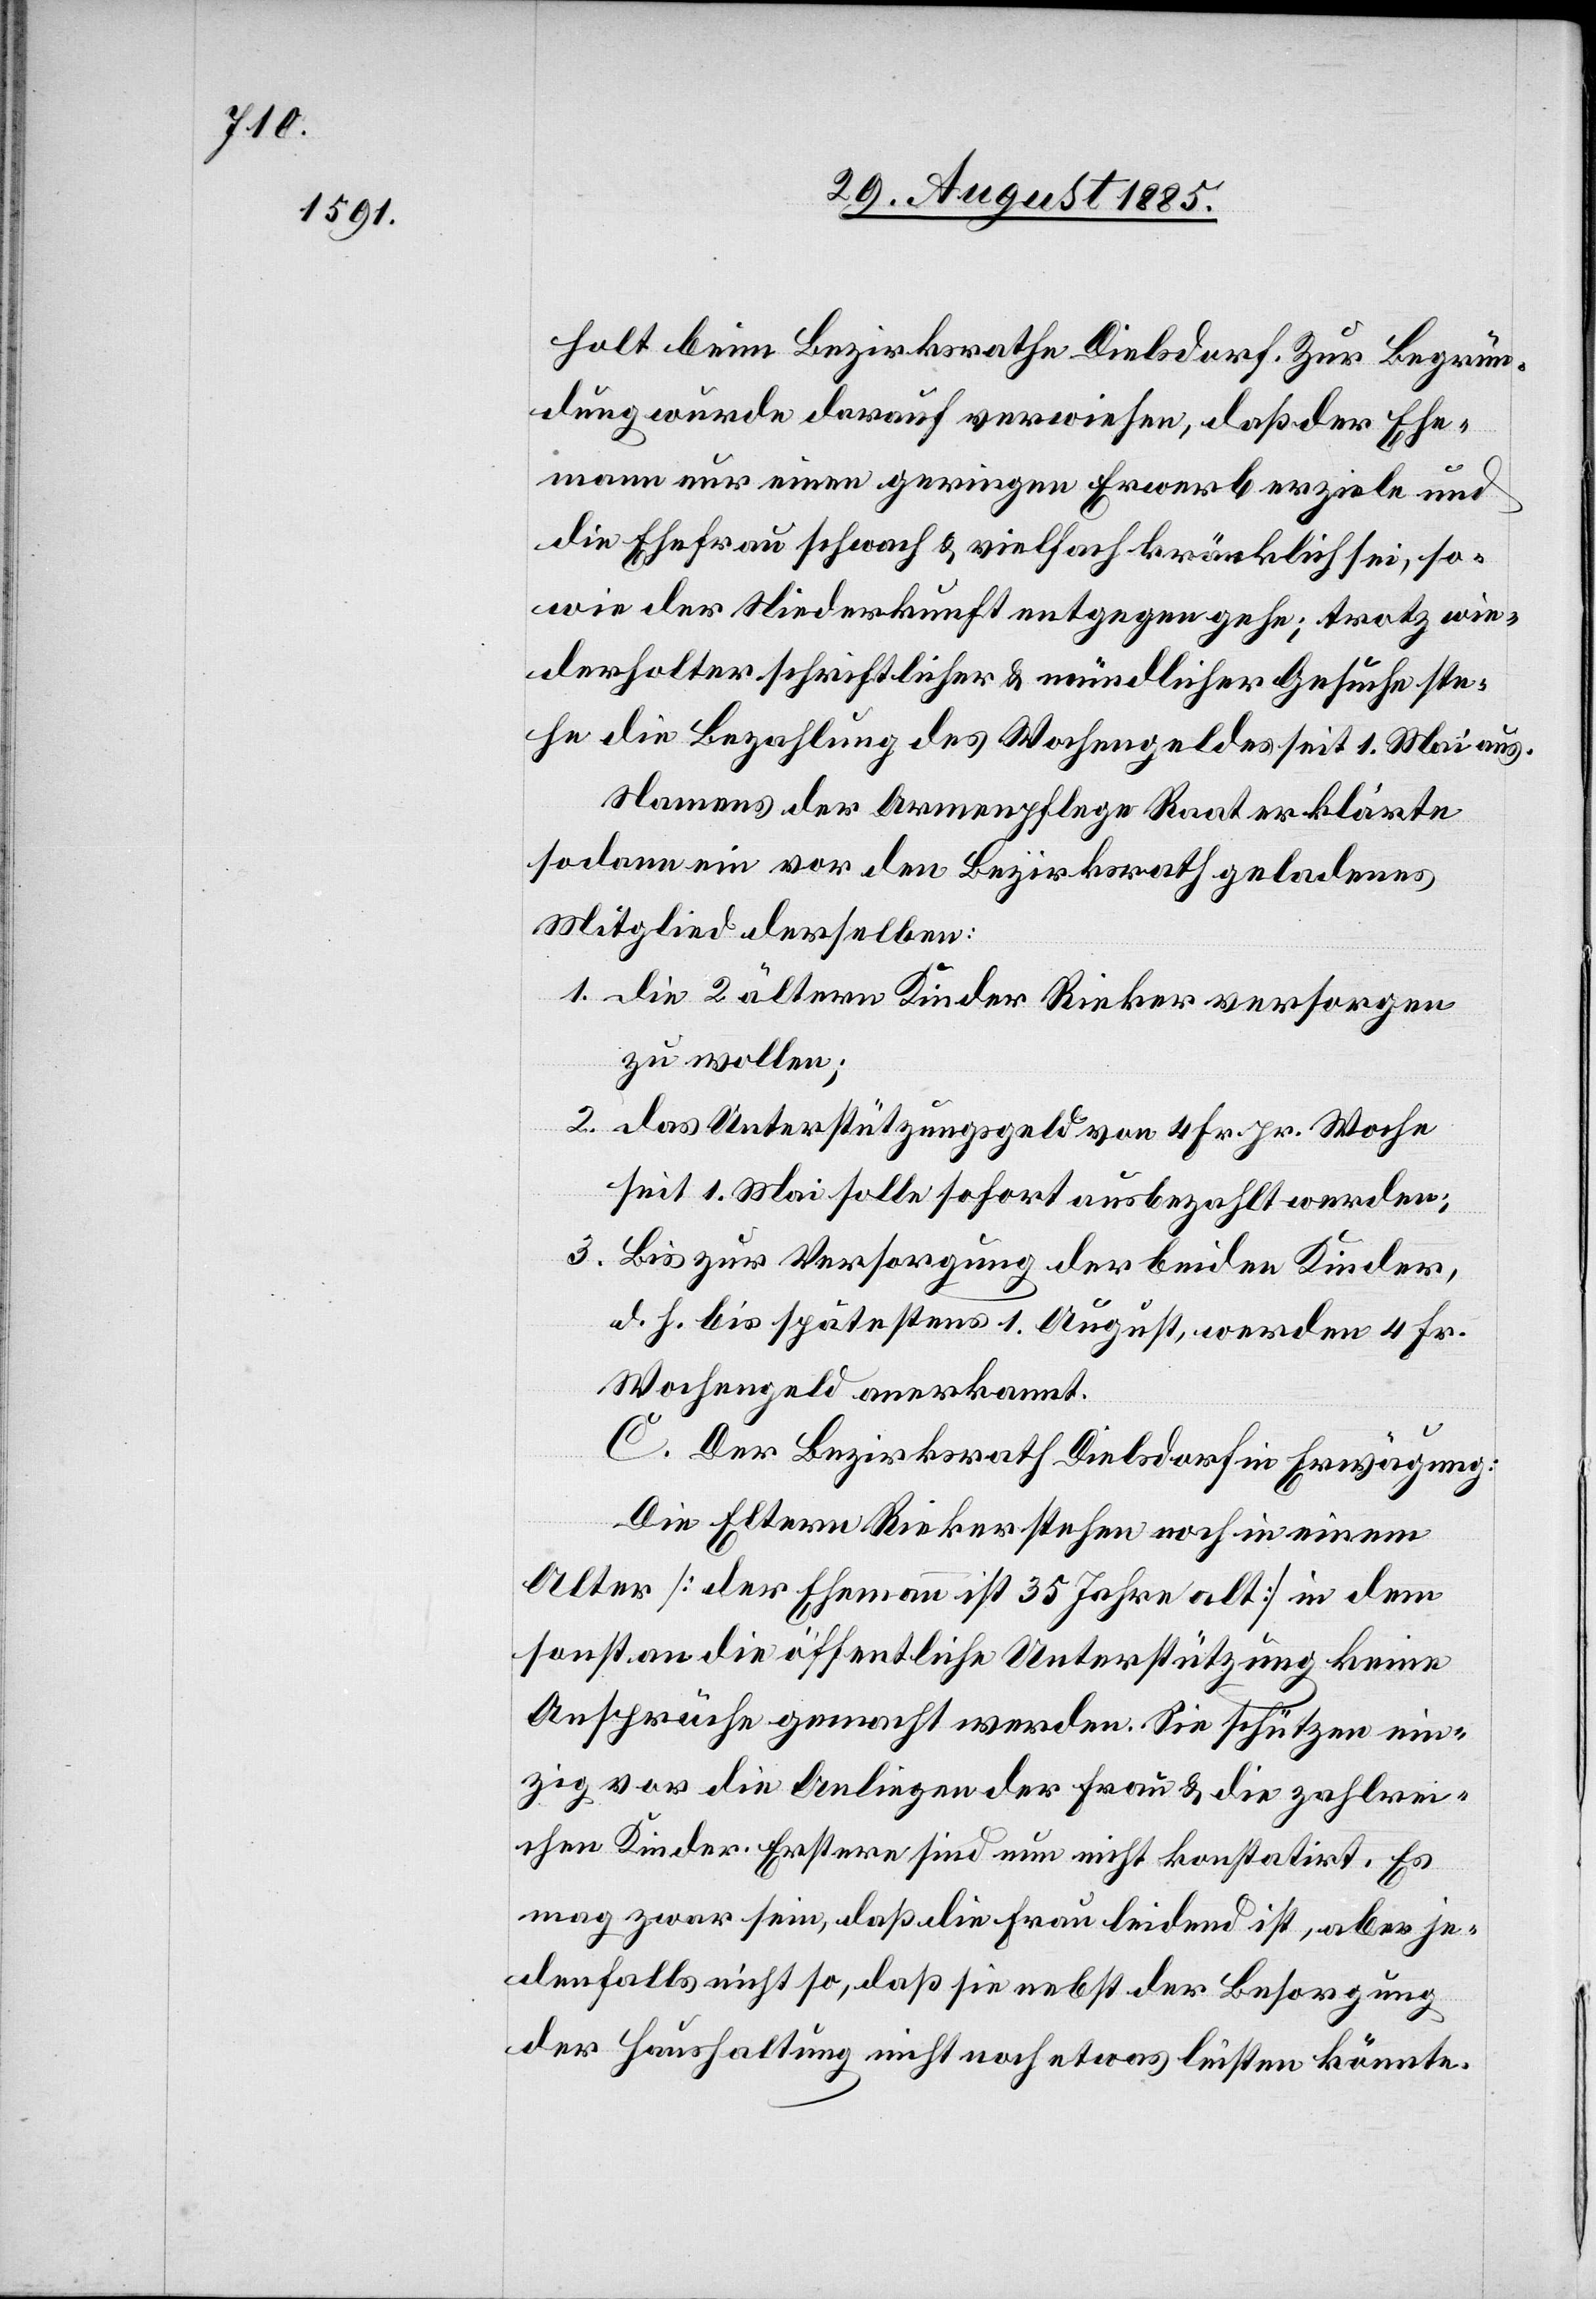
holt beim Bezirksrathe Dielsdorf. Zur Begrün¬
dung wurde darauf verwiesen, daß der Ehe¬
mann nur einen geringen Erwerb erziele und
die Ehefrau schwach & vielfach kränklich sei, so¬
wie der Niederkunft entgegen gehe; trotz wie¬
derholter schriftlicher & mündlicher Gesuche ste¬
he die Bezahlung des Wochengeldes seit 1. Mai aus.
Namens der Armenpflege Raat erklärte
sodann ein vor den Bezirksrath geladenes
Mitglied derselben:
1. die 2 älteren Kinder Rieker versorgen
zu wollen;
2. das Unterstützungsgeld von 4 Fr. pr. Woche
seit 1. Mai solle sofort ausbezahlt werden;
3. Bis zur Versorgung der beiden Kinder,
d. h. bis spätestens 1. August, werden 4 Fr.
Wochengeld anerkannt.
C. Der Bezirksrath Dielsdorf in Erwägung:
Die Eltern Rieker stehen noch in einem
Alter [der Ehemann ist 35 Jahre alt] in dem
sonst an die öffentliche Unterstützung keine
Ansprüche gemacht werden. Sie schützen ein¬
zig vor die Anliegen der Frau & die zahlrei¬
chen Kinder. Erstere sind nun nicht konstatirt. Es
mag zwar sein, daß die Frau leidend ist, aber je¬
denfalls nicht so, daß sie nebst der Besorgung
der Haushaltung nicht noch etwas leisten könnte.